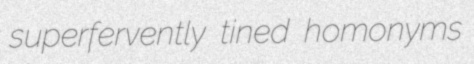
superfervently tined homonyms